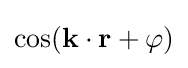
\cos(\mathbf {k} \cdot \mathbf {r} +\varphi )